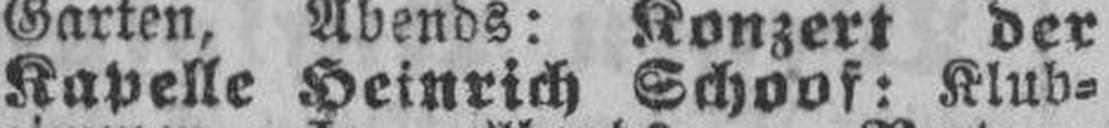
Kapelle Heinrich Schoof: Kluv¬